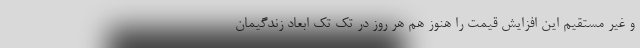
و غیر مستقیم این افزایش قیمت را هنوز هم هر روز در تک تک ابعاد زندگیمان